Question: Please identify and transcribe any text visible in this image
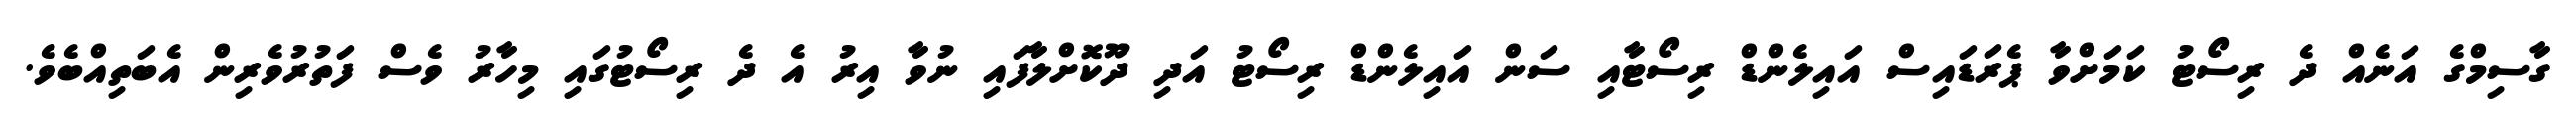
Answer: ގާސިމްގެ އަނެއް ދެ ރިސޯޓު ކަމަށްވާ ޕެރަޑައިސް އައިލެންޑް ރިސޯޓާއި ސަން އައިލެންޑް ރިސޯޓު އަދި ދޫކޮށްލާފައި ނުވާ އިރު އެ ދެ ރިސޯޓުގައި މިހާރު ވެސް ފަތުރުވެރިން އެބަތިއްބެވެ.